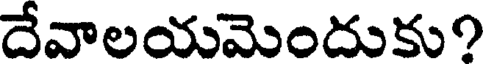
దేవాలయమెందుకు?